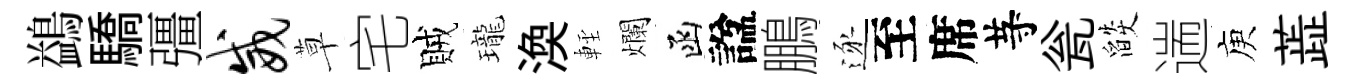
鷁驕彊威草宅賊瓏渙䡖爛函諡鵬逐至席䒭瓮燄遄庾蕋